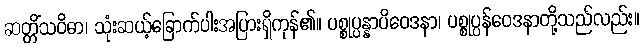
ဆတ္တိံသဝိဓာ၊ သုံးဆယ့်ခြောက်ပါးအပြားရှိကုန်၏။ ပစ္စုပ္ပန္နာပိဝေဒနာ၊ ပစ္စုပ္ပန်ဝေဒနာတို့သည်လည်း။